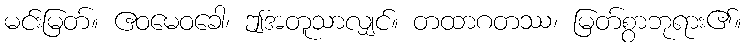
မင်းမြတ်။ ဧဝမေဝခေါ၊ ဤအတူသာလျှင်။ တထာဂတဿ၊ မြတ်စွာဘုရား၏။